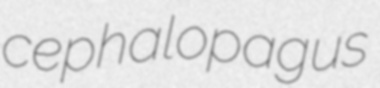
cephalopagus